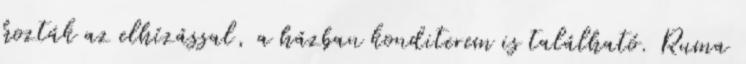
hozták az elhízással, a házban konditerem is található. Ruma